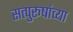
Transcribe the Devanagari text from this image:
सत्पुरूषांच्या